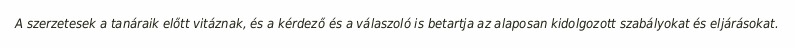
A szerzetesek a tanáraik előtt vitáznak, és a kérdező és a válaszoló is betartja az alaposan kidolgozott szabályokat és eljárásokat.